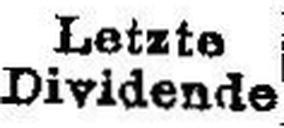
Dividende